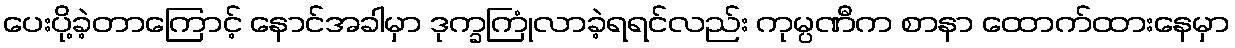
ပေးပို့ခဲ့တာကြောင့် နောင်အခါမှာ ဒုက္ခကြုံလာခဲ့ရရင်လည်း ကုမ္ပဏီက စာနာ ထောက်ထားနေမှာ